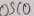
Text: OSC0